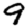
Digit: 9